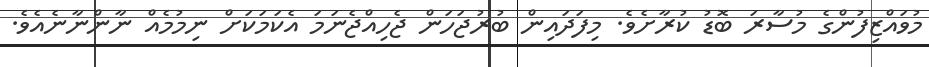
މުވައްޒިފުންގެ މުސާރަ ބޮޑު ކުރާށެވެ. މިފަދައިން ބުރުޖަހަން ޖެހިއްޖެނަމަ އެކަމަކަށް ނިމުމެއް ނާންނާނެއެވެ.